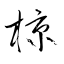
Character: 椋